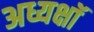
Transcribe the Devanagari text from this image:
अध्यक्षॉ